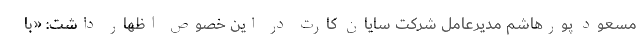
مسعود پورهاشم مدیرعامل شرکت سایان کارت در این خصوص اظهار داشت: «با